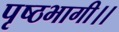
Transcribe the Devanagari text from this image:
पृष्ठभागी।।